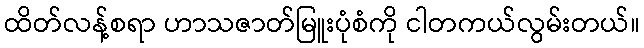
ထိတ်လန့်စရာ ဟာသဇာတ်မြူးပုံစံကို ငါတကယ်လွမ်းတယ်။